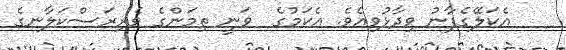
އެކަލޭގެފާނު ވިދާޅުވިއެވެ. އެކަމުގެ  ވަނީ ތިމަންގެ ވެރިރަސްކަލާނގެ